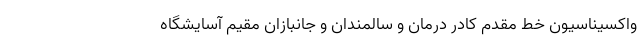
واکسیناسیون خط مقدم کادر درمان و سالمندان و جانبازان مقیم آسایشگاه